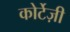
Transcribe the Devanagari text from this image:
कोर्टेज़ी